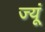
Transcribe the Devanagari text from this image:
ज्यूं